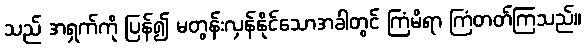
သည် အရှက်ကို ပြန်၍ မတွန်းလှန်နိုင်သောအခါတွင် ကြံမိရာ ကြံတတ်ကြသည်။